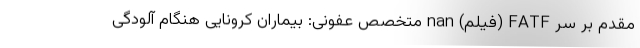
مقدم بر سر FATF (فیلم) nan متخصص عفونی: بیماران کرونایی هنگام آلودگی